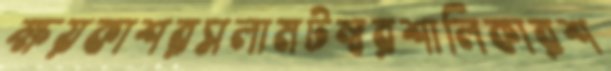
ক্ষয়কাশরসলামটম্বরশালিকারশ